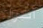
أضواء